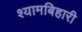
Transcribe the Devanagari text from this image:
श्यामबिहारी